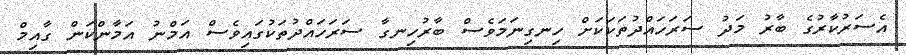
އެސަރުކާރުގެ ބާރު މަދު ސަރަހައްދުތަކަކަށް ހިނގިނަމަވެސް ބާރުހިނގާ ސަރަހައްދުތަކުގައިވެސް އަމްނު އަމާންކަން ގާއިމް